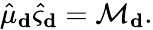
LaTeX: \hat{\mu}_{\mathbf d}\hat{\varsigma}_{\mathbf d}=\mathcal{M}_{\mathbf d}.